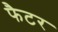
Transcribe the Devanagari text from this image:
फैटर